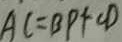
A C = B P + C D